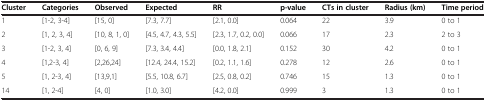
<table><thead><tr><td><b>Cluster</b></td><td><b>Categories</b></td><td><b>Observed</b></td><td><b>Expected</b></td><td><b>RR</b></td><td><b>p-value</b></td><td><b>CTs in cluster</b></td><td><b>Radius (km)</b></td><td><b>Time period</b></td></tr></thead><tbody><tr><td>1</td><td>[1-2, 3-4]</td><td>[15, 0]</td><td>[7.3, 7.7]</td><td>[2.1, 0.0]</td><td>0.064</td><td>22</td><td>3.9</td><td>0 to 1</td></tr><tr><td>2</td><td>[1, 2, 3, 4]</td><td>[10, 8, 1, 0]</td><td>[4.5, 4.7, 4.3, 5.5]</td><td>[2.3, 1.7, 0.2, 0.0]</td><td>0.066</td><td>17</td><td>2.3</td><td>2 to 3</td></tr><tr><td>3</td><td>[1-2, 3, 4]</td><td>[0, 6, 9]</td><td>[7.3, 3.4, 4.4]</td><td>[0.0, 1.8, 2.1]</td><td>0.152</td><td>30</td><td>4.2</td><td>0 to 1</td></tr><tr><td>4</td><td>[1,2-3, 4]</td><td>[2,26,24]</td><td>[12.4, 24.4, 15.2]</td><td>[0.2, 1.1, 1.6]</td><td>0.278</td><td>12</td><td>2.6</td><td>0 to 1</td></tr><tr><td>5</td><td>[1, 2-3, 4]</td><td>[13,9,1]</td><td>[5.5, 10.8, 6.7]</td><td>[2.5, 0.8, 0.2]</td><td>0.746</td><td>15</td><td>1.3</td><td>0 to 1</td></tr><tr><td>14</td><td>[1, 2-4]</td><td>[4, 0]</td><td>[1.0, 3.0]</td><td>[4.2, 0.0]</td><td>0.999</td><td>3</td><td>1.3</td><td>0 to 1</td></tr></tbody></table>